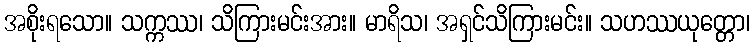
အစိုးရသော။ သက္ကဿ၊ သိကြားမင်းအား။ မာရိသ၊ အရှင်သိကြားမင်း။ သဟဿယုတ္တော၊